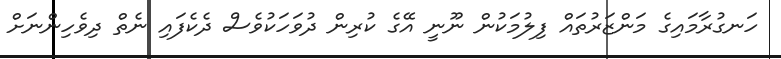
ހަނގުރާމައިގެ މަންޒަރުތައް ފިލުމަކުން ނޫނީ އޭގެ ކުރިން ދުވަހަކުވެސް ދެކެފައި ނެތް ދިވެހިންނަށް